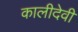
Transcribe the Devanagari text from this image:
कालीदेवी